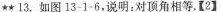
★★13.如图13-1-6.说明：对顶角相等。【2】